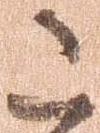
こ